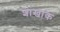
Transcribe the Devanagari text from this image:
शाखाक